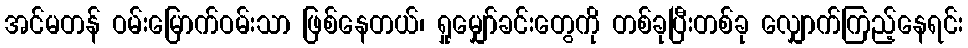
အင်မတန် ဝမ်းမြောက်ဝမ်းသာ ဖြစ်နေတယ်၊ ရှုမျှော်ခင်းတွေကို တစ်ခုပြီးတစ်ခု လျှောက်ကြည့်နေရင်း